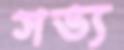
সভ্য